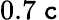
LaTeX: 0.7~\mathtt{c}